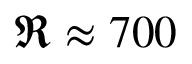
\Re \approx 7 0 0